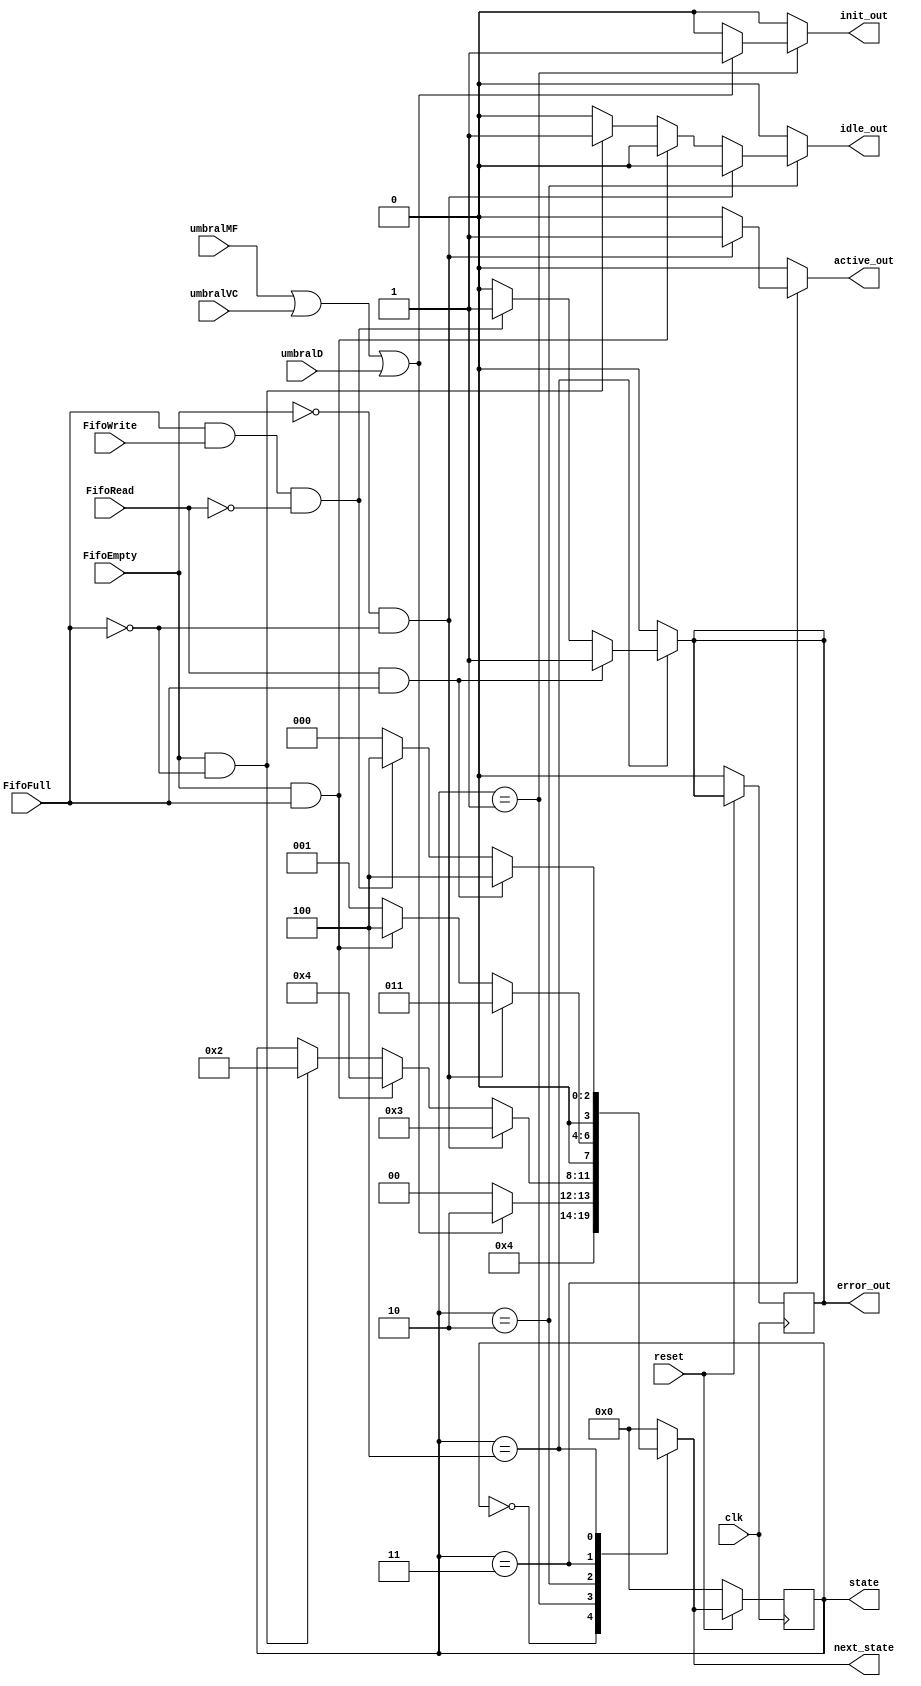
module maquina(input clk,
		input reset,
		input umbralMF,
		input umbralVC,
		input umbralD,
		input FifoFull,
		input FifoEmpty,
		input FifoWrite,
		input FifoRead,
		output reg init_out,
		output reg idle_out,
		output reg active_out,
		output reg error_out,
		output reg [3:0] state, 
		output reg [3:0]next_state);

parameter RESET=0;
parameter INIT =1;
parameter IDLE =2;
parameter ACTIVE=3;
parameter ERROR=4;

 always @ (posedge clk) begin
        if(~reset) begin
            state <= RESET; 
            error_out <=0;
        end
        else begin
            state <= next_state;
            
        end
    end		

always @(*) begin
	idle_out=0;
	active_out=0;
	error_out=0;
	next_state=state;
	init_out = 0;
	case(state)
		RESET: begin
		//For RESET state
			next_state= INIT;
		end
		
		INIT: begin
		//For INIT state
			if(umbralMF==1 || umbralVC==1 || umbralD==1)begin
			//Si hay algun umbral ON, init_out se enciende
				init_out=1;
				next_state= IDLE;
			end else begin
			//Si ningun umbral esta on, se vuelve a RESET e init_out se queda apagado
				init_out=0;
				next_state= RESET;
			end
		end
		
		IDLE: begin
		//For IDLE state
			if(FifoEmpty==1 && FifoFull==0)begin 
				idle_out=1;
				next_state= IDLE;
			end if (FifoEmpty==1 && FifoFull==1)begin
				idle_out=0;
				next_state= ERROR;
			end if (FifoEmpty==0 && FifoFull==0) begin
			//Si hay un FIFO no vacio entonces pasamos a ACTIVE, osea FifoEmpty==0
				idle_out=0;
				next_state= ACTIVE;
			
			end
		end
		
		ACTIVE: begin
		//For ACTIVE state
			if(FifoEmpty==0 && FifoFull==0) begin //Si el fifo no esta ni lleno, ni vacio, osea que tiene informacion adentro que se puede transmitir
				active_out=1;
				next_state=ACTIVE;
			end else if(FifoEmpty==1 && FifoFull==1) begin
			//Este caso generaria un error puesto que el fifo no puede estar vacio y lleno al mismo tiempo
				active_out=0;
				next_state=ERROR; 	
			end else begin
				active_out=0;
				next_state=INIT;
			end
			
		end
		
		ERROR: begin
		//For ERROR state
			if(FifoRead==1 && FifoFull==1)begin
				error_out=1;
				next_state=ERROR;
			end else if (FifoFull==1 && FifoWrite==1 && FifoRead==0) begin
				error_out=1;
				next_state=ERROR;
			end else begin
				error_out=0;
				next_state=RESET;
			end		
		end
		default: begin
			next_state= RESET;
			idle_out=0;
			active_out=0;
			error_out=0;
		end
	endcase	
end


endmodule